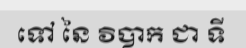
ទៅ នៃ វិបាក ជា ទី